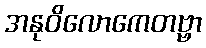
အနုဝိလောကေတဗ္ဗာ